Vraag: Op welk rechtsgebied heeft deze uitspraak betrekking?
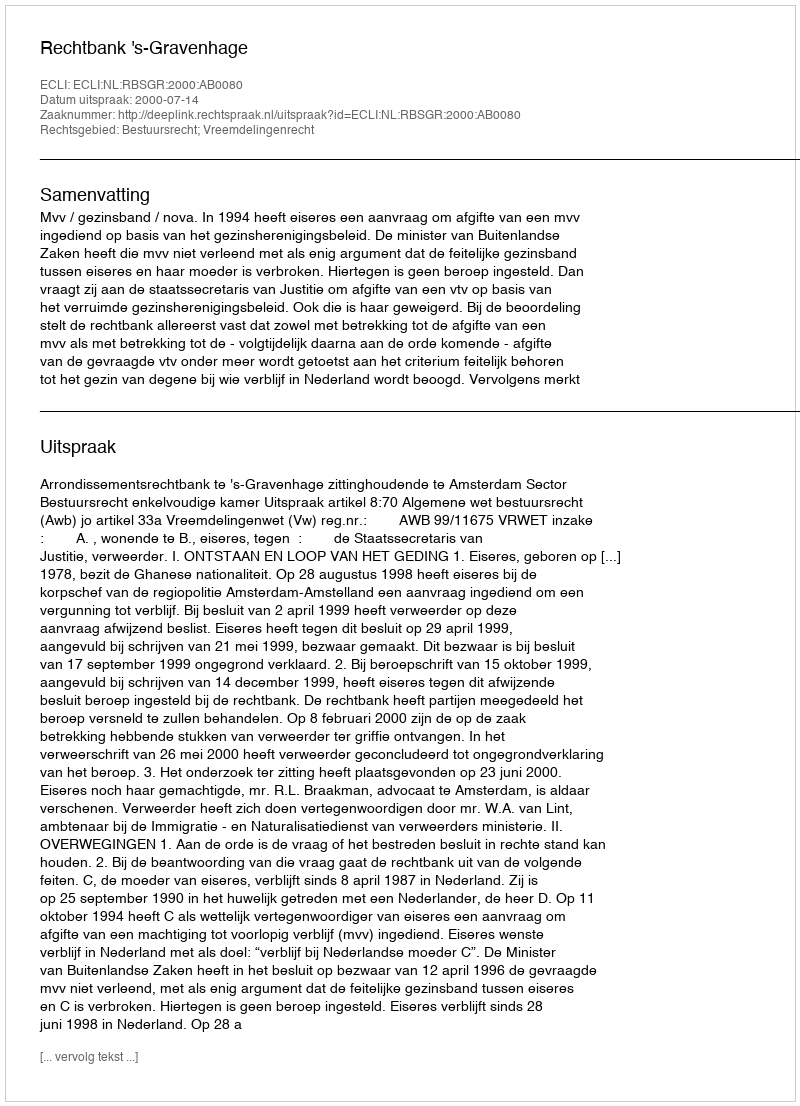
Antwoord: Bestuursrecht; Vreemdelingenrecht